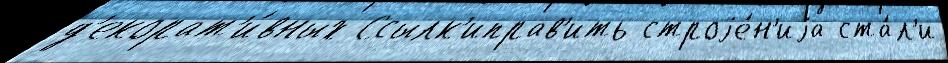
д'екорат'и́вных Ссылк'иправ'ить строjе́н'иjа ста́л'и